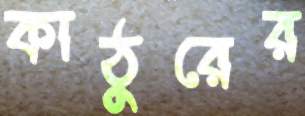
কাঠুরের